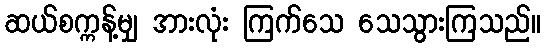
ဆယ်စက္ကန့်မျှ အားလုံး ကြက်သေ သေသွားကြသည်။